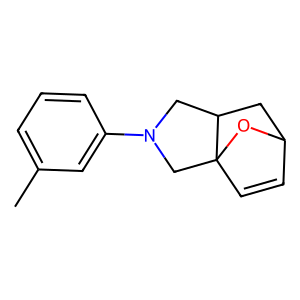
SMILES: Cc1cccc(N2CC3CC4C=CC3(C2)O4)c1
Inhibits HIV replication: No